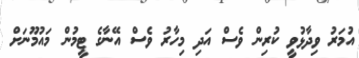
އުމަރު ވިދާޅުވީ ކުރިން ވެސް އަދި މިހާރު ވެސް އޭނާގެ ޓީމުން މައުމޫނަށް